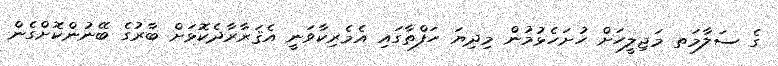
ގެ ސަލާމަތ މަޖިލީހަށް ހުށަހެޅުމުން މިދިޔަ ހަފްތާގައި އެމެރިކާވަނީ އެޤަރާރާދެކޮޅަށް ބާރުގެ ބޭނުންކޮށްގެން